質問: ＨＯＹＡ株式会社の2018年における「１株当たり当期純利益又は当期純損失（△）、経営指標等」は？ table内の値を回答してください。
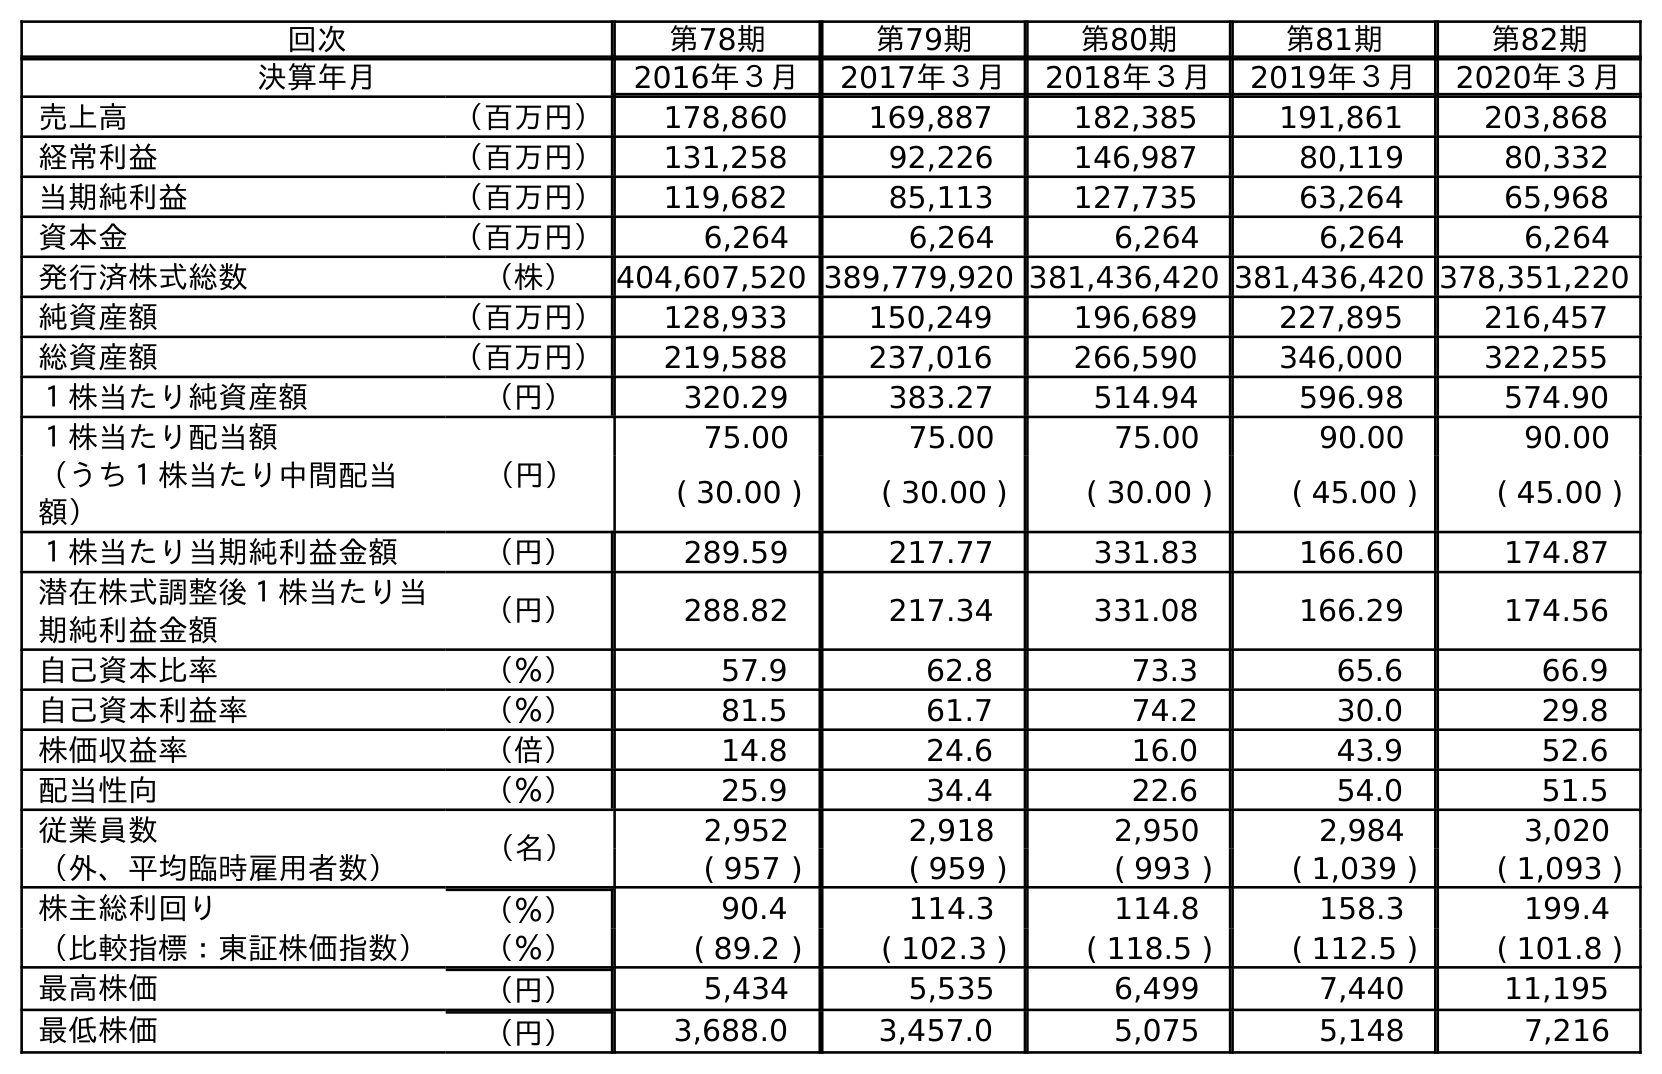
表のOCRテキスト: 回次 第78期 第79期 第80期 第81期 第82期 決算年月 2016年３月 2017年３月 2018年３月 2019年３月 2020年３月 売上高 （百万円） 178,860 169,887 182,385 191,861 203,868 経常利益 （百万円） 131,258 92,226 146,987 80,119 80,332 当期純利益 （百万円） 119,682 85,113 127,735 63,264 65,968 資本金 （百万円） 6,264 6,264 6,264 6,264 6,264 発行済株式総数 （株） 404,607,520 389,779,920 381,436,420 381,436,420 378,351,220 純資産額 （百万円） 128,933 150,249 196,689 227,895 216,457 総資産額 （百万円） 219,588 237,016 266,590 346,000 322,255 １株当たり純資産額 （円） 320.29 383.27 514.94 596.98 574.90 １株当たり配当額 （円） 75.00 75.00 75.00 90.00 90.00 （うち１株当たり中間配当 額） ( 30.00 ) ( 30.00 ) ( 30.00 ) ( 45.00 ) ( 45.00 ) １株当たり当期純利益金額 （円） 289.59 217.77 331.83 166.60 174.87 潜在株式調整後１株当たり当 期純利益金額 （円） 288.82 217.34 331.08 166.29 174.56 自己資本比率 （％） 57.9 62.8 73.3 65.6 66.9 自己資本利益率 （％） 81.5 61.7 74.2 30.0 29.8 株価収益率 （倍） 14.8 24.6 16.0 43.9 52.6 配当性向 （％） 25.9 34.4 22.6 54.0 51.5 従業員数 （名） 2,952 2,918 2,950 2,984 3,020 （外、平均臨時雇用者数） ( 957 ) ( 959 ) ( 993 ) ( 1,039 ) ( 1,093 ) 株主総利回り （％） 90.4 114.3 114.8 158.3 199.4 （比較指標：東証株価指数） （％） ( 89.2 ) ( 102.3 ) ( 118.5 ) ( 112.5 ) ( 101.8 ) 最高株価 （円） 5,434 5,535 6,499 7,440 11,195 最低株価 （円） 3,688.0 3,457.0 5,075 5,148 7,216
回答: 331.83